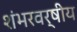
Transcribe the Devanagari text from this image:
शंभरवर्षीय